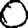
Digit: 0